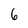
Character: 6